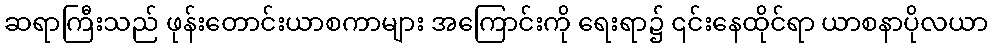
ဆရာကြီးသည် ဖုန်းတောင်းယာစကာများ အကြောင်းကို ရေးရာ၌ ၎င်းနေထိုင်ရာ ယာစနာပိုလယာ